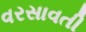
વરસાવતી